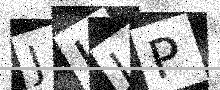
Text: JIJP